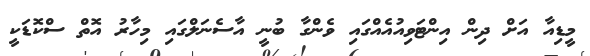
މީޑިއާ އަށް ދިން އިންޓަވިއުއެއްގައި ވެންގާ ބުނީ އާސެނަލްގައި މިހާރު އޮތް ސްކޮޑަކީ